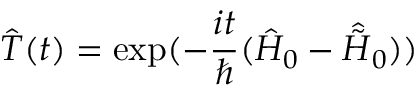
\hat { T } ( t ) = \exp ( - \frac { i t } { \hbar } ( \hat { H } _ { 0 } - \hat { \tilde { H } } _ { 0 } ) )